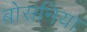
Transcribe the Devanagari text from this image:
बोसनिया